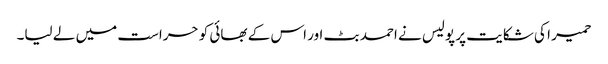
حمیر ا کی شکایت پر پولیس نے احمد بٹ اور اس کے بھائی کو حراست میں لے لیا۔